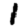
Digit: 1